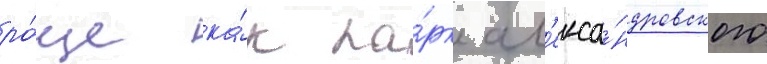
ро́ще ка́к па́рк ал'екса́ндровского